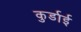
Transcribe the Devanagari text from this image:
कुर्डाई